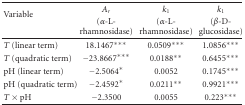
<table><thead><tr><td rowspan="2"><b>Variable</b></td><td><b><i>A</i><sub><i>r</i></sub></b></td><td><b><i>k</i><sub>1</sub></b></td><td><b><i>k</i><sub>1</sub></b></td></tr><tr><td><b>(<i>α</i>-L-rhamnosidase)</b></td><td><b>(<i>α</i>-L-rhamnosidase)</b></td><td><b>(<i>β</i>-D-glucosidase) </b></td></tr></thead><tbody><tr><td><i>T</i> (linear term)</td><td>18.1467***</td><td> 0.0509***</td><td>1.0856***</td></tr><tr><td><i>T</i> (quadratic term)</td><td>−23.8667***</td><td>0.0188**</td><td>0.6455***</td></tr><tr><td>pH (linear term)</td><td>−2.5064*</td><td> 0.0052</td><td>0.1745***</td></tr><tr><td>pH (quadratic term)</td><td>−2.4592*</td><td> 0.0211**</td><td>0.9921***</td></tr><tr><td><i>T</i> × pH</td><td>−2.3500</td><td>0.0055</td><td>0.223***</td></tr></tbody></table>